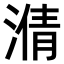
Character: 𣹥